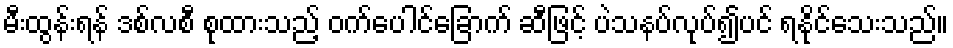
မီးထွန်းရန် ဒစ်လစီ စုထားသည့် ဝက်ပေါင်ခြောက် ဆီဖြင့် ပဲသနပ်လုပ်၍ပင် ရနိုင်သေးသည်။